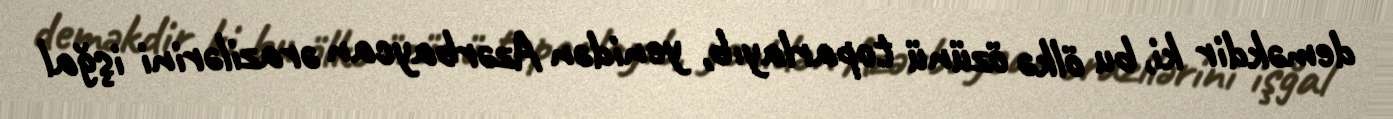
deməkdir ki, bu ölkə özünü toparlayıb, yenidən Azərbaycan ərazilərini işğal